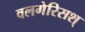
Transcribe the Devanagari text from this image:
वलगेरिसश्